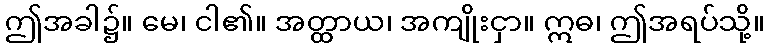
ဤအခါ၌။ မေ၊ ငါ၏။ အတ္ထာယ၊ အကျိုးငှာ။ ဣဓ၊ ဤအရပ်သို့။